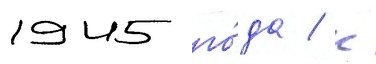
1945 го́да / к